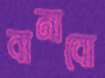
বানাবো